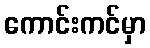
ကောင်းကင်မှာ